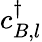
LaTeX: c_{B,l}^{\dagger}